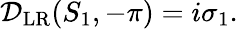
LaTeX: \begin{array}{r}{\mathcal{D}_{\mathrm{LR}}(S_{1},-\pi)=i\sigma_{1}.}\end{array}